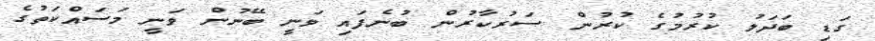
ގަޑި ބަދަލު ކުރުމުގެ ކުރުން ސަރުކާރުން ބުނެފައި ވަނީ ބޭނުން ވަނީ މަސައްކަތުގެ